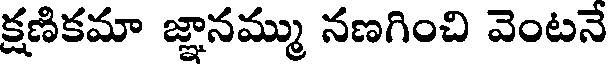
క్షణికమా జ్ఞానమ్ము నణగించి వెంటనే